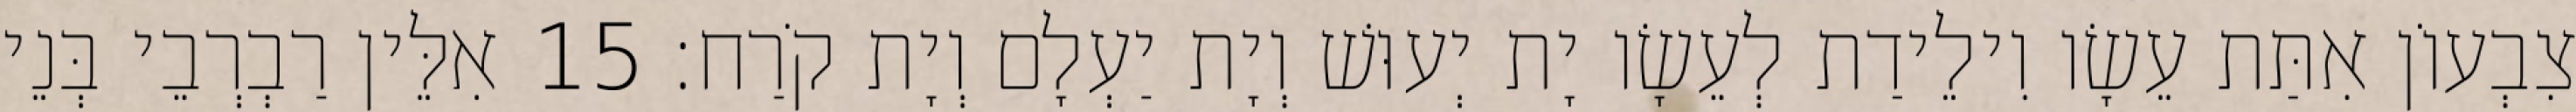
צִבְעוֹן אִתַּת עֵשָׂו וִילֵידַת לְעֵשָׂו יָת יְעוּשׁ וְיָת יַעְלָם וְיָת קֹרַח׃ 15 אִלֵּין רַבְרְבֵי בְּנֵי